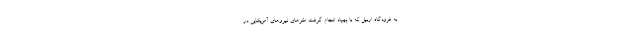
به فرودگاه اربیل که با پهپاد انجام گرفت مقرهای نیروهای آمریکایی در